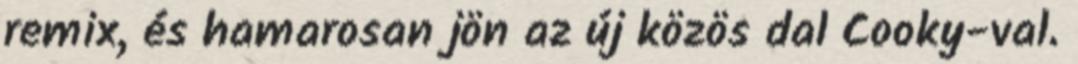
remix, és hamarosan jön az új közös dal Cooky-val.